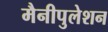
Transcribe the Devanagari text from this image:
मैनीपुलेशन